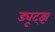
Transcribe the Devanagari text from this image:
ड्यूट्झ